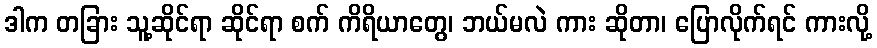
ဒါက တခြား သူ့ဆိုင်ရာ ဆိုင်ရာ စက် ကိရိယာတွေ၊ ဘယ်မလဲ ကား ဆိုတာ၊ ပြောလိုက်ရင် ကားလို့